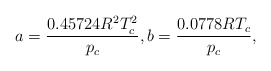
\begin{align*}a = \frac{{0.45724{R^2}T_c^2}}{{{p_c}}},b = \frac{{0.0778R{T_c}}}{{{p_c}}},\end{align*}